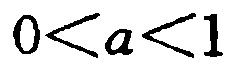
\(0 < a < 1\)